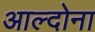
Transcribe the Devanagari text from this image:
आल्दोना